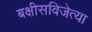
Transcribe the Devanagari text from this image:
बक्षीसविजेत्या